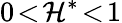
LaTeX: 0\! <\! \mathcal{H}^{\ast}\! <\! 1